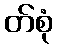
တ်စုံ